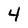
Character: 4